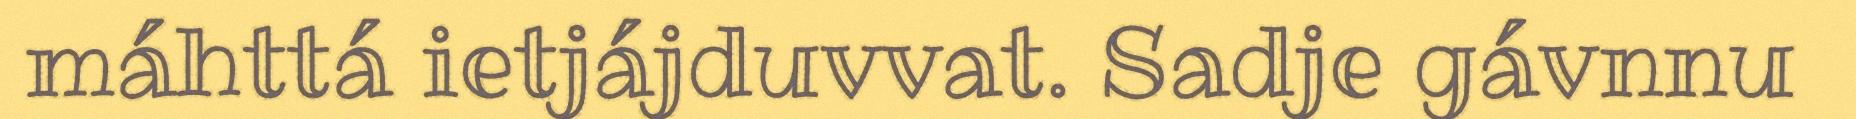
máhttá ietjájduvvat. Sadje gávnnu